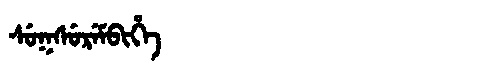
Manchu: ᠰᡠᡴᠰᡠᡵᡝᠮᠪᡳᡥᡝ
Romanization: SUKSUREMBIHE